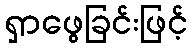
ရှာဖွေခြင်းဖြင့်